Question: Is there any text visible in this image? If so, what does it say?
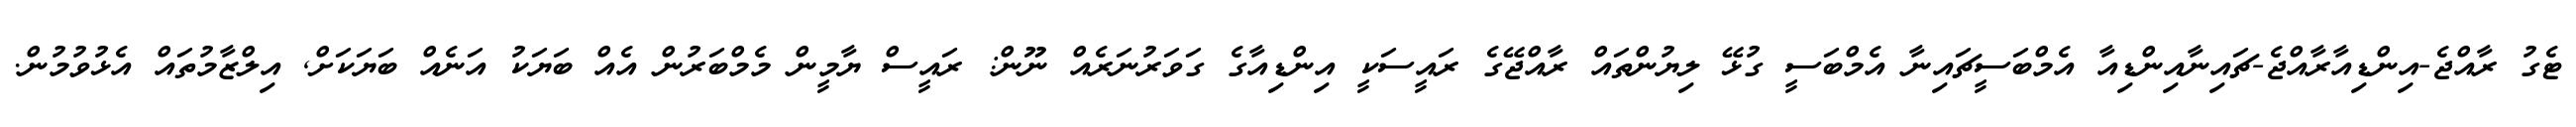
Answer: ޓެގު ރާއްޖެ-އިންޑިއާރާއްޖެ-ޗައިނާއިންޑިއާ އެމްބަސީޗައިނާ އެމްބަސީ ގުޅޭ ލިޔުންތައް ރާއްޖޭގެ ރައީސަކީ އިންޑިއާގެ ގަވަރުނަރެއް ނޫން: ރައީސް ޔާމީން މެމްބަރުން އެއް ބަޔަކު އަނެއް ބަޔަކަށް, އިލްޒާމުތައް އެޅުވުމުން.